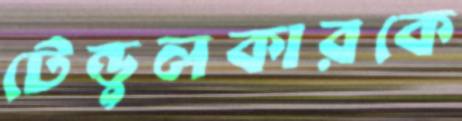
টেন্ডুলকারকে